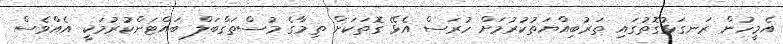
އެމީހުން ރަނގަޅުގޮތުގައި ތަރުބިއްޔަތުކުރުމަށް ހުރަސް އެޅޭ ގޮތަކަށް ތިމާގެ މުސްތަގްބަލް ބައްޓަންކުރުމަކީ އެއްވެސް